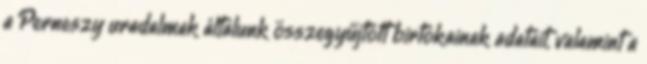
a Perneszy uradalmak általunk összegyűjtött birtokainak adatait, valamint a